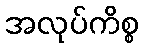
အလုပ်ကိစ္စ